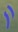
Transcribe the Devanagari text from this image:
र्‍